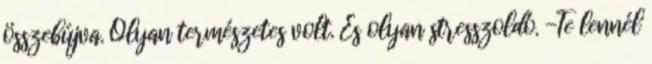
összebújva. Olyan természetes volt. És olyan stresszoldó. -Te lennél